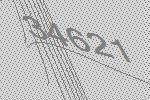
34621